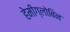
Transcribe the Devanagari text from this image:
हेमीग्लोबिन